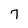
Character: 7